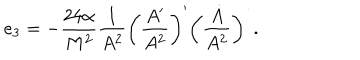
LaTeX: e _ { 3 } = - \frac { 2 4 \alpha } { M ^ { 2 } } \frac { 1 } { A ^ { 2 } } \bigg ( \frac { A ^ { \prime } } { A ^ { 2 } } \bigg ) ^ { \prime } \bigg ( \frac { \dot { A } } { A ^ { 2 } } \bigg ) ^ { \dot { \ } } .